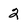
Character: 2